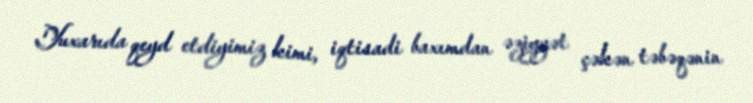
Yuxarıda qeyd etdiyimiz kimi, iqtisadi baxımdan əziyyət çəkən təbəqənin